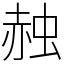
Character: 赨